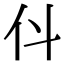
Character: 𠆱